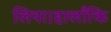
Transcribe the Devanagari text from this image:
लिया।हालाँकि